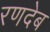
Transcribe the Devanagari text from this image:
रणदेब